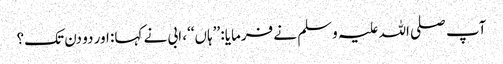
آپ صلی اللہ علیہ وسلم نے فرمایا: ’’ہاں‘‘، ابی نے کہا: اور دو دن تک؟